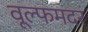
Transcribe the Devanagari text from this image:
वूल्‍फमदर